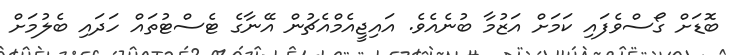
ބޮޑަށް ގޯސްވެފައި ކަމަށް އަޒުމާ ބުނެއެވެ. އައިޖީއެމްއެޗުން އޭނާގެ ޓެސްޓުތައް ހަދައި ބެލުމަށް